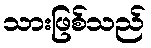
သားဖြစ်သည်